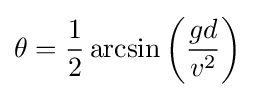
\theta ={\frac {1}{2}}\arcsin \left({\frac {gd}{v^{2}}}\right)